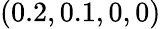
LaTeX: (0.2,0.1,0,0)